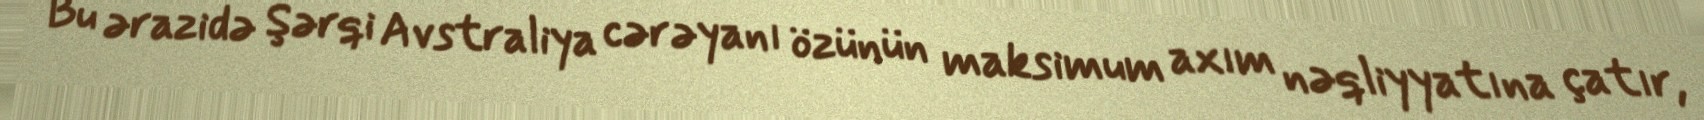
Bu ərazidə Şərqi Avstraliya cərəyanı özünün maksimum axım nəqliyyatına çatır,